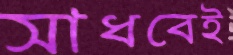
সাধবেই